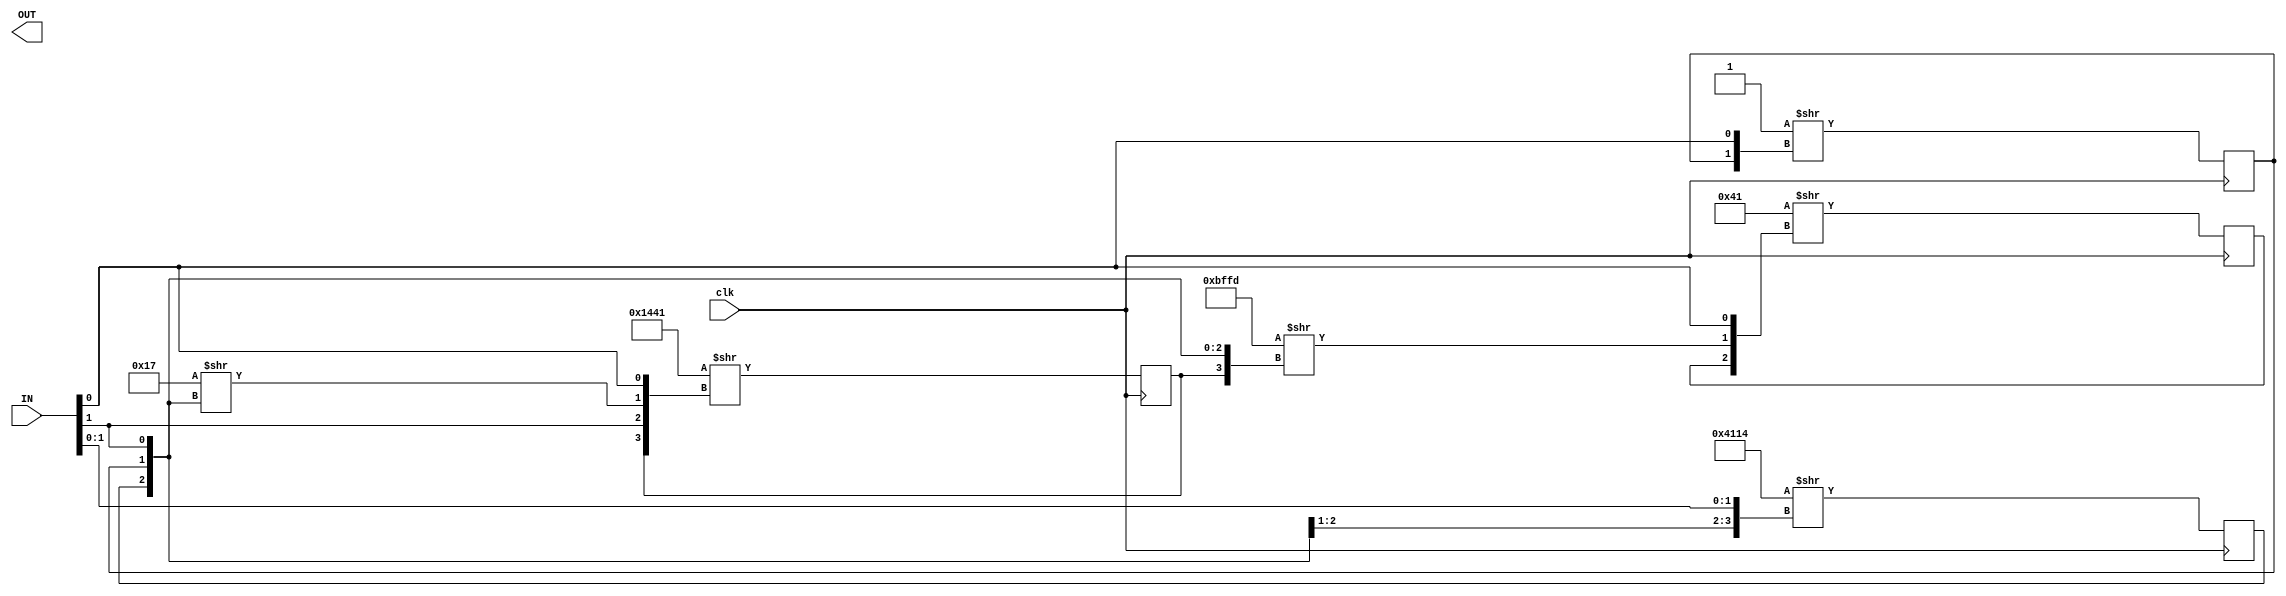
/* Generated by Yosys 0.33+34 (git sha1 b84ed5d3a, clang 10.0.0-4ubuntu1 -fPIC -Os) */

(* top =  1  *)
(* src = "/home/kmgroup/projects/tutorial/fpga_cad_flow/example_designs/simple_fpga_counter_test/inputs/counter.v:1.1-32.10" *)
module counter(IN, OUT, clk);
  wire _00_;
  wire _01_;
  wire _02_;
  wire _03_;
  wire _04_;
  wire _05_;
  (* src = "/home/kmgroup/projects/tutorial/fpga_cad_flow/example_designs/simple_fpga_counter_test/inputs/counter.v:3.19-3.21" *)
  input [127:0] IN;
  wire [127:0] IN;
  (* src = "/home/kmgroup/projects/tutorial/fpga_cad_flow/example_designs/simple_fpga_counter_test/inputs/counter.v:4.21-4.24" *)
  output [127:0] OUT;
  wire [127:0] OUT;
  (* src = "/home/kmgroup/projects/tutorial/fpga_cad_flow/example_designs/simple_fpga_counter_test/inputs/counter.v:5.11-5.14" *)
  input clk;
  wire clk;
  assign _00_ = 16'h1441 >> { OUT[34], IN[1], _04_, IN[0] };
  assign _04_ = 8'h17 >> { OUT[33:32], IN[1] };
  assign _01_ = 16'h4114 >> { OUT[33:32], IN[1:0] };
  assign _02_ = 4'h1 >> { OUT[32], IN[0] };
  assign _03_ = 8'h41 >> { OUT[35], _05_, IN[0] };
  assign _05_ = 16'hbffd >> { OUT[34:32], IN[1] };
  reg \OUT_reg[32] ;
  (* src = "/home/kmgroup/projects/tutorial/fpga_cad_flow/example_designs/simple_fpga_counter_test/inputs/counter.v:22.2-29.5" *)
  always @(posedge clk)
    \OUT_reg[32]  <= _02_;
  assign OUT[32] = \OUT_reg[32] ;
  reg \OUT_reg[33] ;
  (* src = "/home/kmgroup/projects/tutorial/fpga_cad_flow/example_designs/simple_fpga_counter_test/inputs/counter.v:22.2-29.5" *)
  always @(posedge clk)
    \OUT_reg[33]  <= _01_;
  assign OUT[33] = \OUT_reg[33] ;
  reg \OUT_reg[34] ;
  (* src = "/home/kmgroup/projects/tutorial/fpga_cad_flow/example_designs/simple_fpga_counter_test/inputs/counter.v:22.2-29.5" *)
  always @(posedge clk)
    \OUT_reg[34]  <= _00_;
  assign OUT[34] = \OUT_reg[34] ;
  reg \OUT_reg[35] ;
  (* src = "/home/kmgroup/projects/tutorial/fpga_cad_flow/example_designs/simple_fpga_counter_test/inputs/counter.v:22.2-29.5" *)
  always @(posedge clk)
    \OUT_reg[35]  <= _03_;
  assign OUT[35] = \OUT_reg[35] ;
  assign { OUT[127:36], OUT[31:0] } = 124'hxxxxxxxxxxxxxxxxxxxxxxxxxxxxxxx;
endmodule